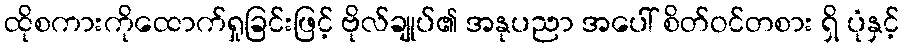
ထိုစကားကိုထောက်ရှုခြင်းဖြင့် ဗိုလ်ချုပ်၏ အနုပညာ အပေါ် စိတ်ဝင်တစား ရှိ ပုံနှင့်